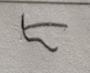
Signature authenticity: forged